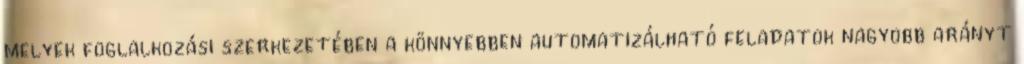
melyek foglalkozási szerkezetében a könnyebben automatizálható feladatok nagyobb arányt